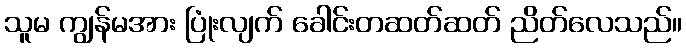
သူမ ကျွန်မအား ပြုံးလျက် ခေါင်းတဆတ်ဆတ် ညိတ်လေသည်။